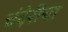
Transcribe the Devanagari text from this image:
चंदेरीचा